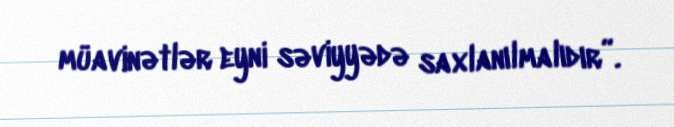
müavinətlər eyni səviyyədə saxlanılmalıdır”.